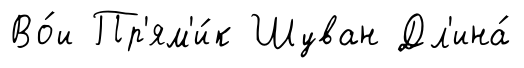
Во́и Пр'ям'и́к Шуван Дл'ина́